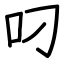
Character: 叼